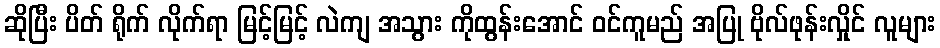
ဆိုပြီး ပိတ် ရိုက် လိုက်ရာ မြင့်မြင့် လဲကျ အသွား ကိုထွန်းအောင် ဝင်ကူမည် အပြု ဗိုလ်ဖုန်းလှိုင် လူများ